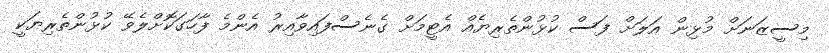
މިސީޒަނަށް މުޅިން އަލަށް ފަސް ކުޅުންތެރިޔެއް އެޓީމަށް ގެނެސްފައިވާއިރު އެންމެ ފާހަގަކޮށްލެވޭ ކުޅުންތެރިޔަކީ